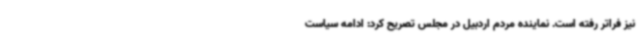
نیز فراتر رفته است. نماینده مردم اردبیل در مجلس تصریح کرد: ادامه سیاست